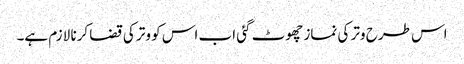
اس طرح وتر کی نماز چھوٹ گئی اب اس کو وتر کی قضا کرنا لازم ہے۔